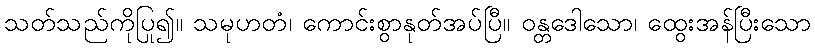
သတ်သည်ကိုပြု၍။ သမုဟတံ၊ ကောင်းစွာနုတ်အပ်ပြီ။ ဝန္တဒေါသော၊ ထွေးအန်ပြီးသော